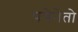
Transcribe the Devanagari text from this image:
पत्रेनेतो